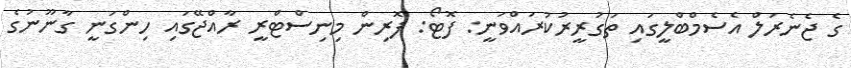
ގެ ޖެނެރަލް އެސެމްބްލީގައި ތަގުރީރުކުރައްވަނީ: ފޮޓޯ: ފޮރިން މިނިސްޓްރީ ރާއްޖޭގައި ހިންގަނީ ގާނޫނުގެ